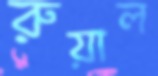
রুয়াল